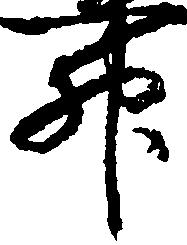
升